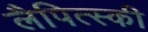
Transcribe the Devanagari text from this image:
लैपित्स्की